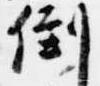
倒